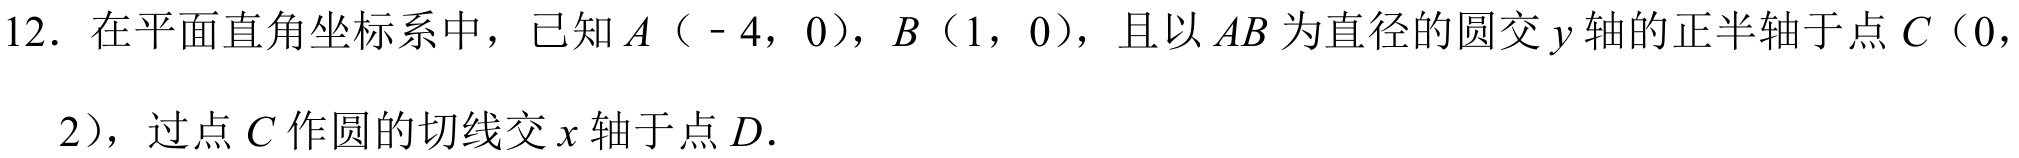
12. 在平面直角坐标系中，已知\(A(-4,0)\)，\(B(1,0)\)，且以\(AB\)为直径的圆交\(y\)轴的正半轴于点\(C(0,2)\)，过点\(C\)作圆的切线交\(x\)轴于点\(D\).